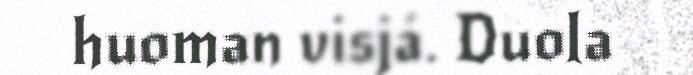
huoman visjá. Duola